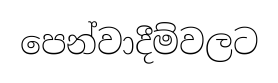
පෙන්වාදීම්වලට